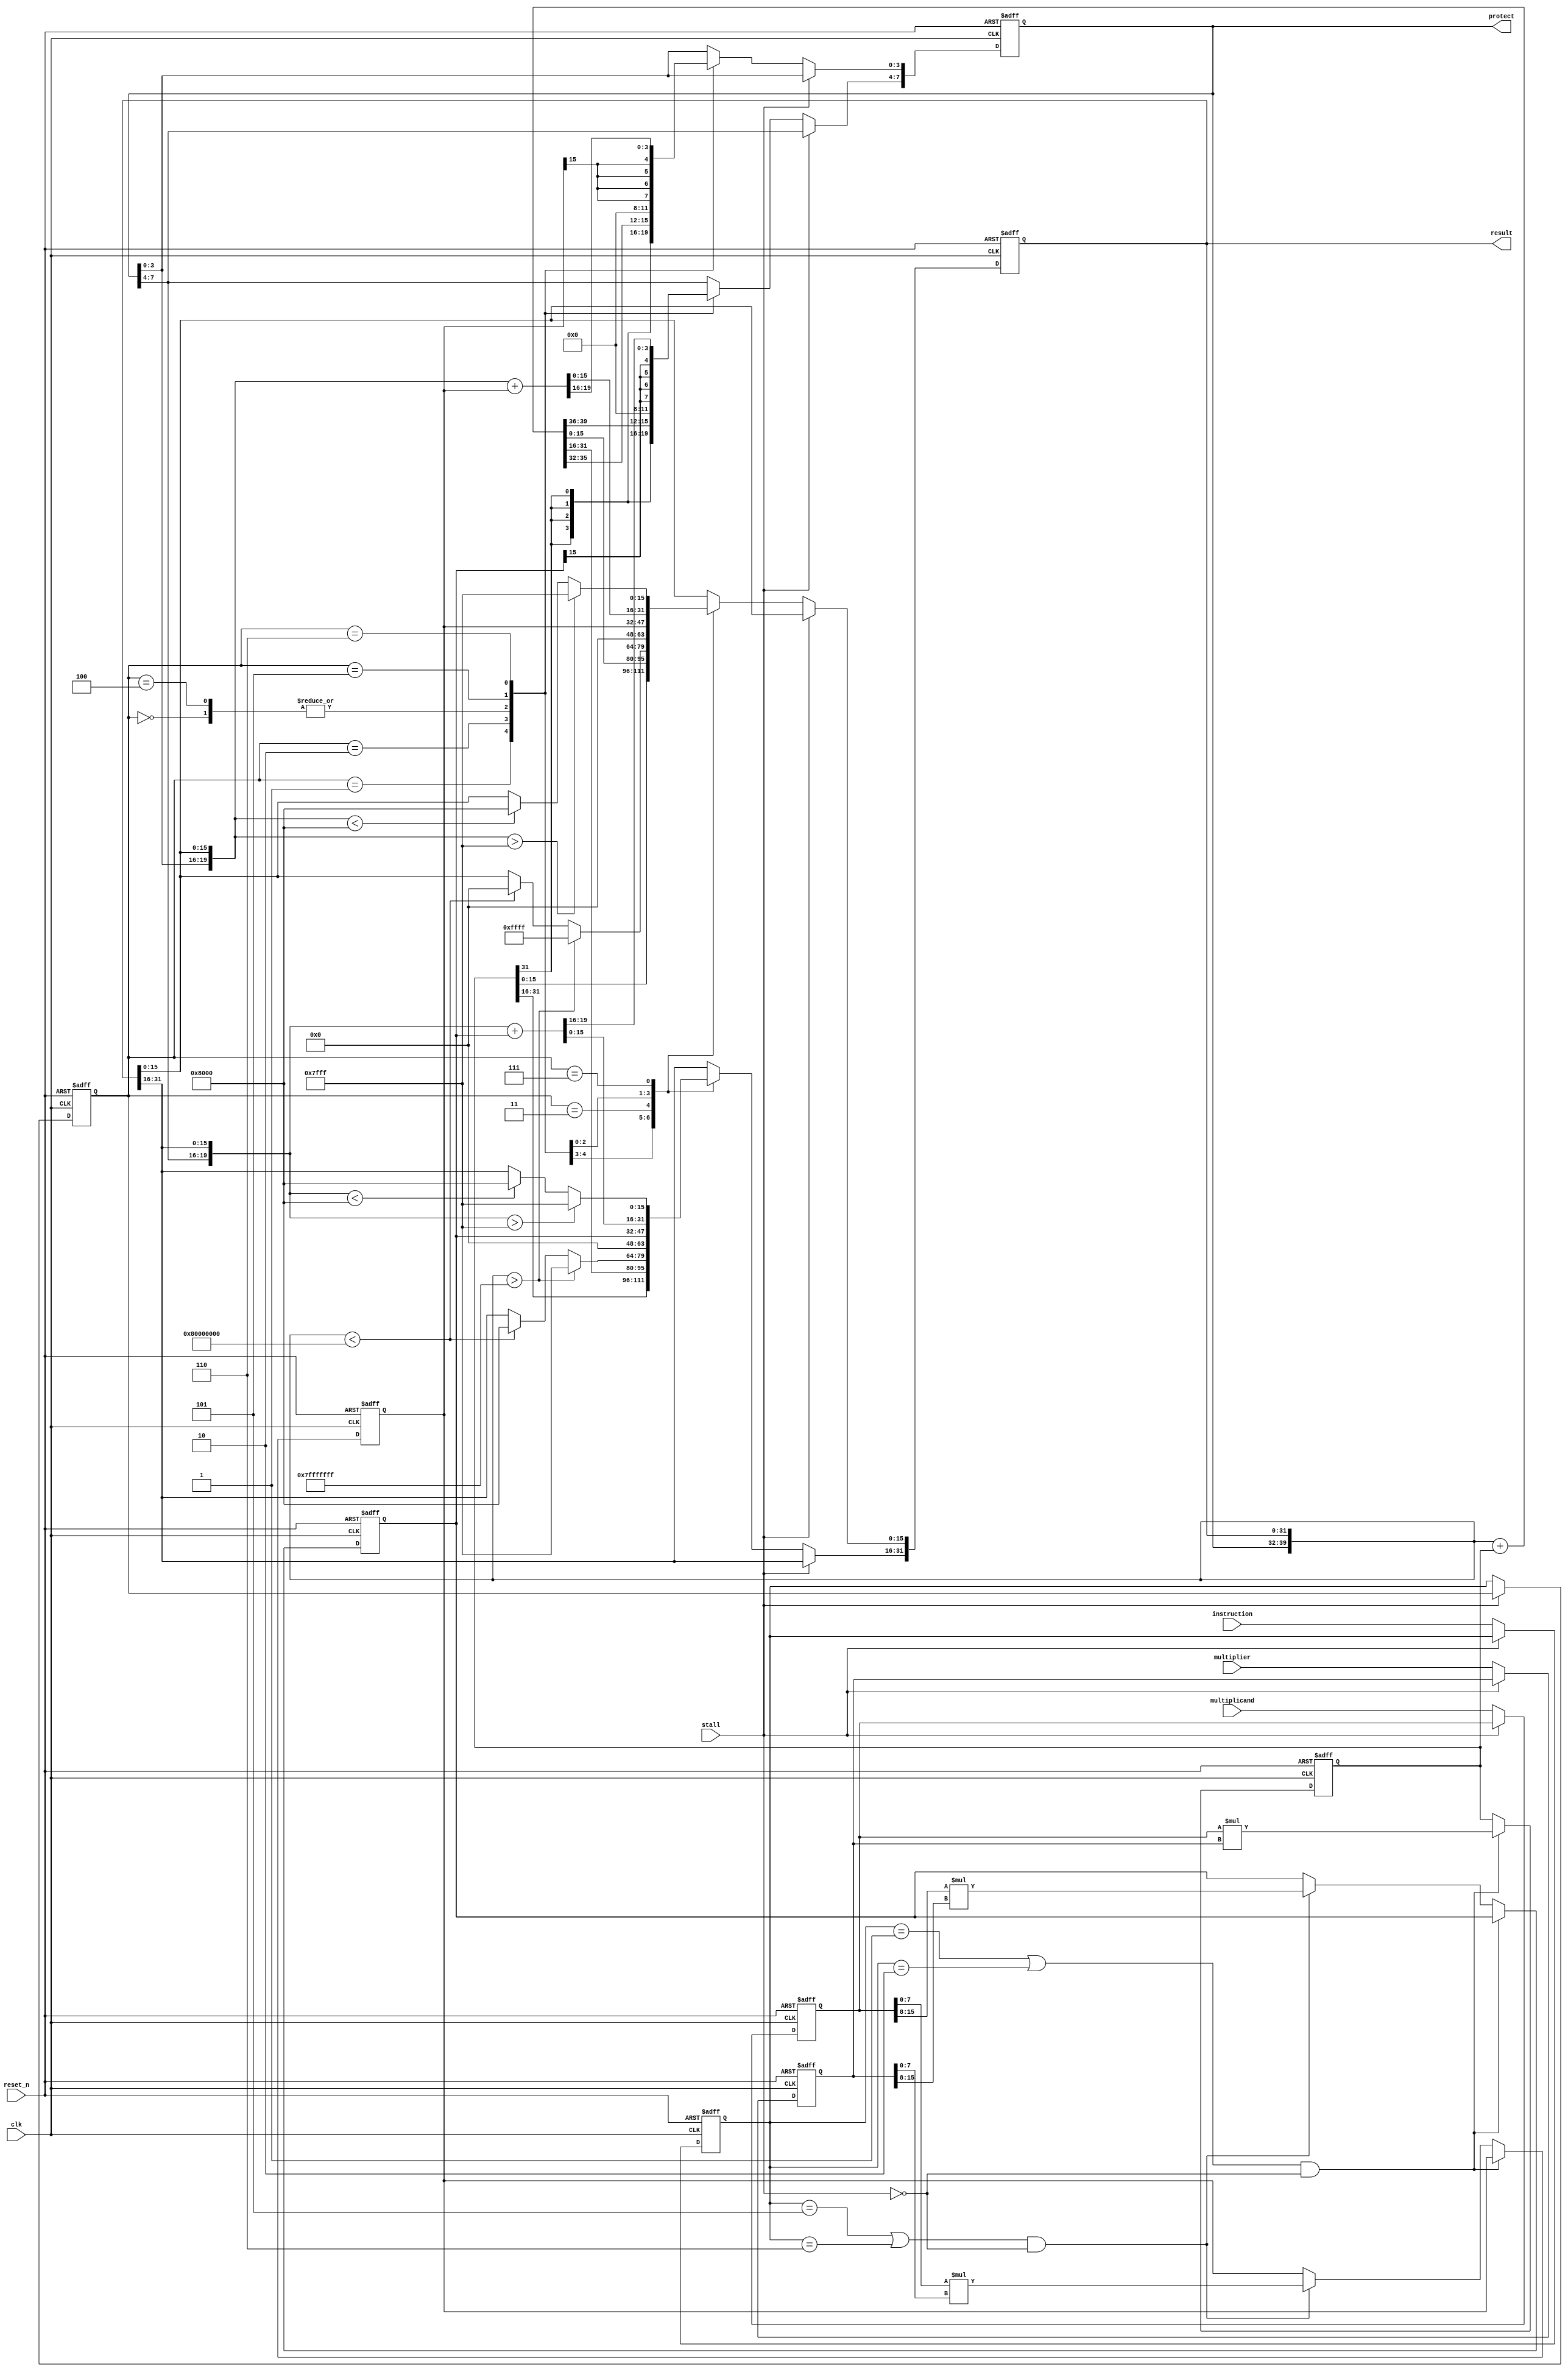
module mac (instruction, multiplier, multiplicand, stall, clk, reset_n, result, protect);
input signed [15:0] multiplier;
input signed [15:0] multiplicand; 
input  clk;
input  reset_n;
input  stall;
input  [2:0] instruction;
output [31:0] result;
output [7:0] protect;

//Add you design here
reg signed [31:0] mul_stage2;
reg signed [15:0] mul8_temp1,mul8_temp2;
reg [2:0] instr_stage2;
reg signed [31:0] result_stage2;
reg signed [7:0] protect_stage2;

reg signed [15:0] mulp_t,mulc_t;
reg [2:0] instr;
always @(posedge clk, negedge reset_n) begin
   if(~reset_n) begin
      mulp_t <= 16'd0;
      mulc_t <= 16'd0;
      instr <= 3'd0;
   end
   else if(!stall) begin
      mulp_t <= multiplier;
      mulc_t <= multiplicand;
      instr <= instruction;
   end
end

always @(posedge clk, negedge reset_n) begin
    if(~reset_n) begin
      mul_stage2 <= 32'd0;
      mul8_temp1 <= 20'd0;
      mul8_temp2 <= 20'd0;
    end
    else if((instr==3'b001 || instr==3'b010) && !stall ) mul_stage2 <= mulc_t * mulp_t;
    else if((instr==3'b101 || instr==3'b110) && !stall) begin
      mul8_temp1 <= $signed(mulc_t[7:0]) * $signed(mulp_t[7:0]);
      mul8_temp2 <= $signed(mulc_t[15:8]) * $signed(mulp_t[15:8]);
    end 

end

always @(posedge clk,negedge reset_n) //instr_stage2<=(~reset_n)?3'd0:instruction;
begin
  if(~reset_n)instr_stage2 <= 3'd0;
  else if(~stall) instr_stage2 <= instr;
end

assign result = result_stage2;
assign protect = protect_stage2;

always @(posedge clk,negedge reset_n) begin
   //mul_stage2 = multiplicand * multiplier;
   if(~reset_n) {protect_stage2,result_stage2}<=40'd0;
   //final <= 40'd0;
   else if (!stall) begin
     
        case(instr_stage2)
                3'b000:{protect_stage2,result_stage2}<=40'd0;
                3'b001:{protect_stage2,result_stage2}<=mul_stage2;
                3'b010:{protect_stage2,result_stage2}<=$signed({protect_stage2,result_stage2})+mul_stage2;
                3'b011:begin
                  if($signed({protect_stage2,result_stage2}) > $signed(40'h007fffffff)) {result_stage2}<=32'h7fffffff;
                  else if($signed({protect_stage2,result_stage2}) < $signed(40'hff80000000)) {result_stage2}<=32'h80000000;
                end
                
                //8-bit
                3'b100:{protect_stage2,result_stage2}<=40'd0;
                3'b101:begin
                {protect_stage2[3:0],result_stage2[15:0]} <= mul8_temp1;
                {protect_stage2[7:4],result_stage2[31:16]} <= mul8_temp2;
                end
                //MAC
                3'b110: begin
                {protect_stage2[3:0],result_stage2[15:0]} <= $signed({protect_stage2[3:0],result_stage2[15:0]})+ mul8_temp1;
                {protect_stage2[7:4],result_stage2[31:16]} <= $signed ({protect_stage2[7:4],result_stage2[31:16]}) + mul8_temp2;
              
                end
                3'b111: begin
                  if($signed({protect_stage2[3:0],result_stage2[15:0]}) > $signed(20'h07fff)) {result_stage2[15:0]}<=16'h7fff;
                  else if($signed({protect_stage2[3:0],result_stage2[15:0]}) < $signed(20'hf8000)) {result_stage2[15:0]}<=16'h8000;
                  
                  if($signed({protect_stage2[7:4],result_stage2[31:16]}) > $signed(20'h07fff)) {result_stage2[31:16]}<=16'h7fff;
                  else if($signed({protect_stage2[7:4],result_stage2[31:16]}) < $signed(20'hf8000)) {result_stage2[31:16]}<=16'h8000;
                end
                
        endcase

   end
end

endmodule